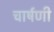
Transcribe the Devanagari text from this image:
चार्षणी